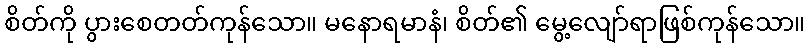
စိတ်ကို ပွားစေတတ်ကုန်သော။ မနောရမာနံ၊ စိတ်၏ မွေ့လျော်ရာဖြစ်ကုန်သော။